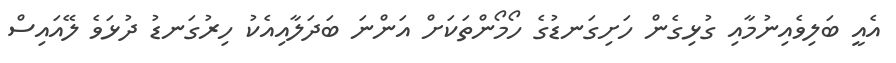
އެއީ ބަލިވެއިނުމާއި ގުޅިގެން ހަށިގަނޑުގެ ހޯމޯންތަކަށް އަންނަ ބަދަލާއިއެކު ހިރުގަނޑު ދުޅަވެ ލޭއައިސް